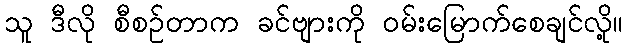
သူ ဒီလို စီစဉ်တာက ခင်ဗျားကို ဝမ်းမြောက်စေချင်လို့။